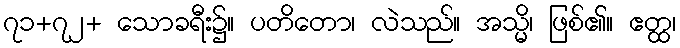
၇၁+၇၂+ သောခရီး၌။ ပတိတော၊ လဲသည်။ အသ္မိ၊ ဖြစ်၏။ ဧတ္ထ၊